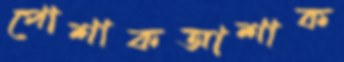
পোশাকআশাক